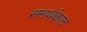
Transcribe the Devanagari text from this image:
समर्थकात